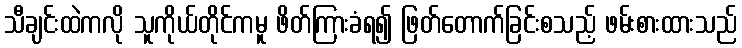
သီချင်းထဲကလို သူကိုယ်တိုင်ကမူ ဖိတ်ကြားခံရ၍ ဖြတ်တောက်ခြင်းစသည့် ဖမ်းစားထားသည်